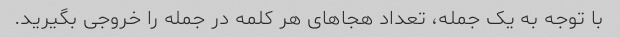
با توجه به یک جمله، تعداد هجاهای هر کلمه در جمله را خروجی بگیرید.